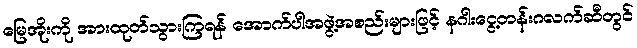
မြေအိုးကို အားထုတ်သွားကြရန် အောက်ပါအဖွဲ့အစည်းများဖြင့် နဂါးငွေ့တန်းဂလက်ဆီတွင်